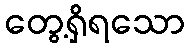
တွေ့ရှိရသော